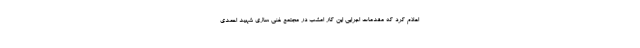
اعلام کرد که مقدمات اجرایی این کار امشب در مجتمع غنی سازی شهید احمدی